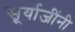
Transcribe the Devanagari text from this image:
सूर्याजींनी